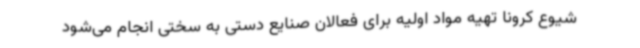
شیوع کرونا تهیه مواد اولیه برای فعالان صنایع دستی به سختی انجام می‌شود